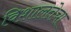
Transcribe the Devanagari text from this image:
विशालतेचा